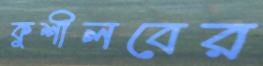
কুশীলবের